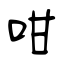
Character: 咁